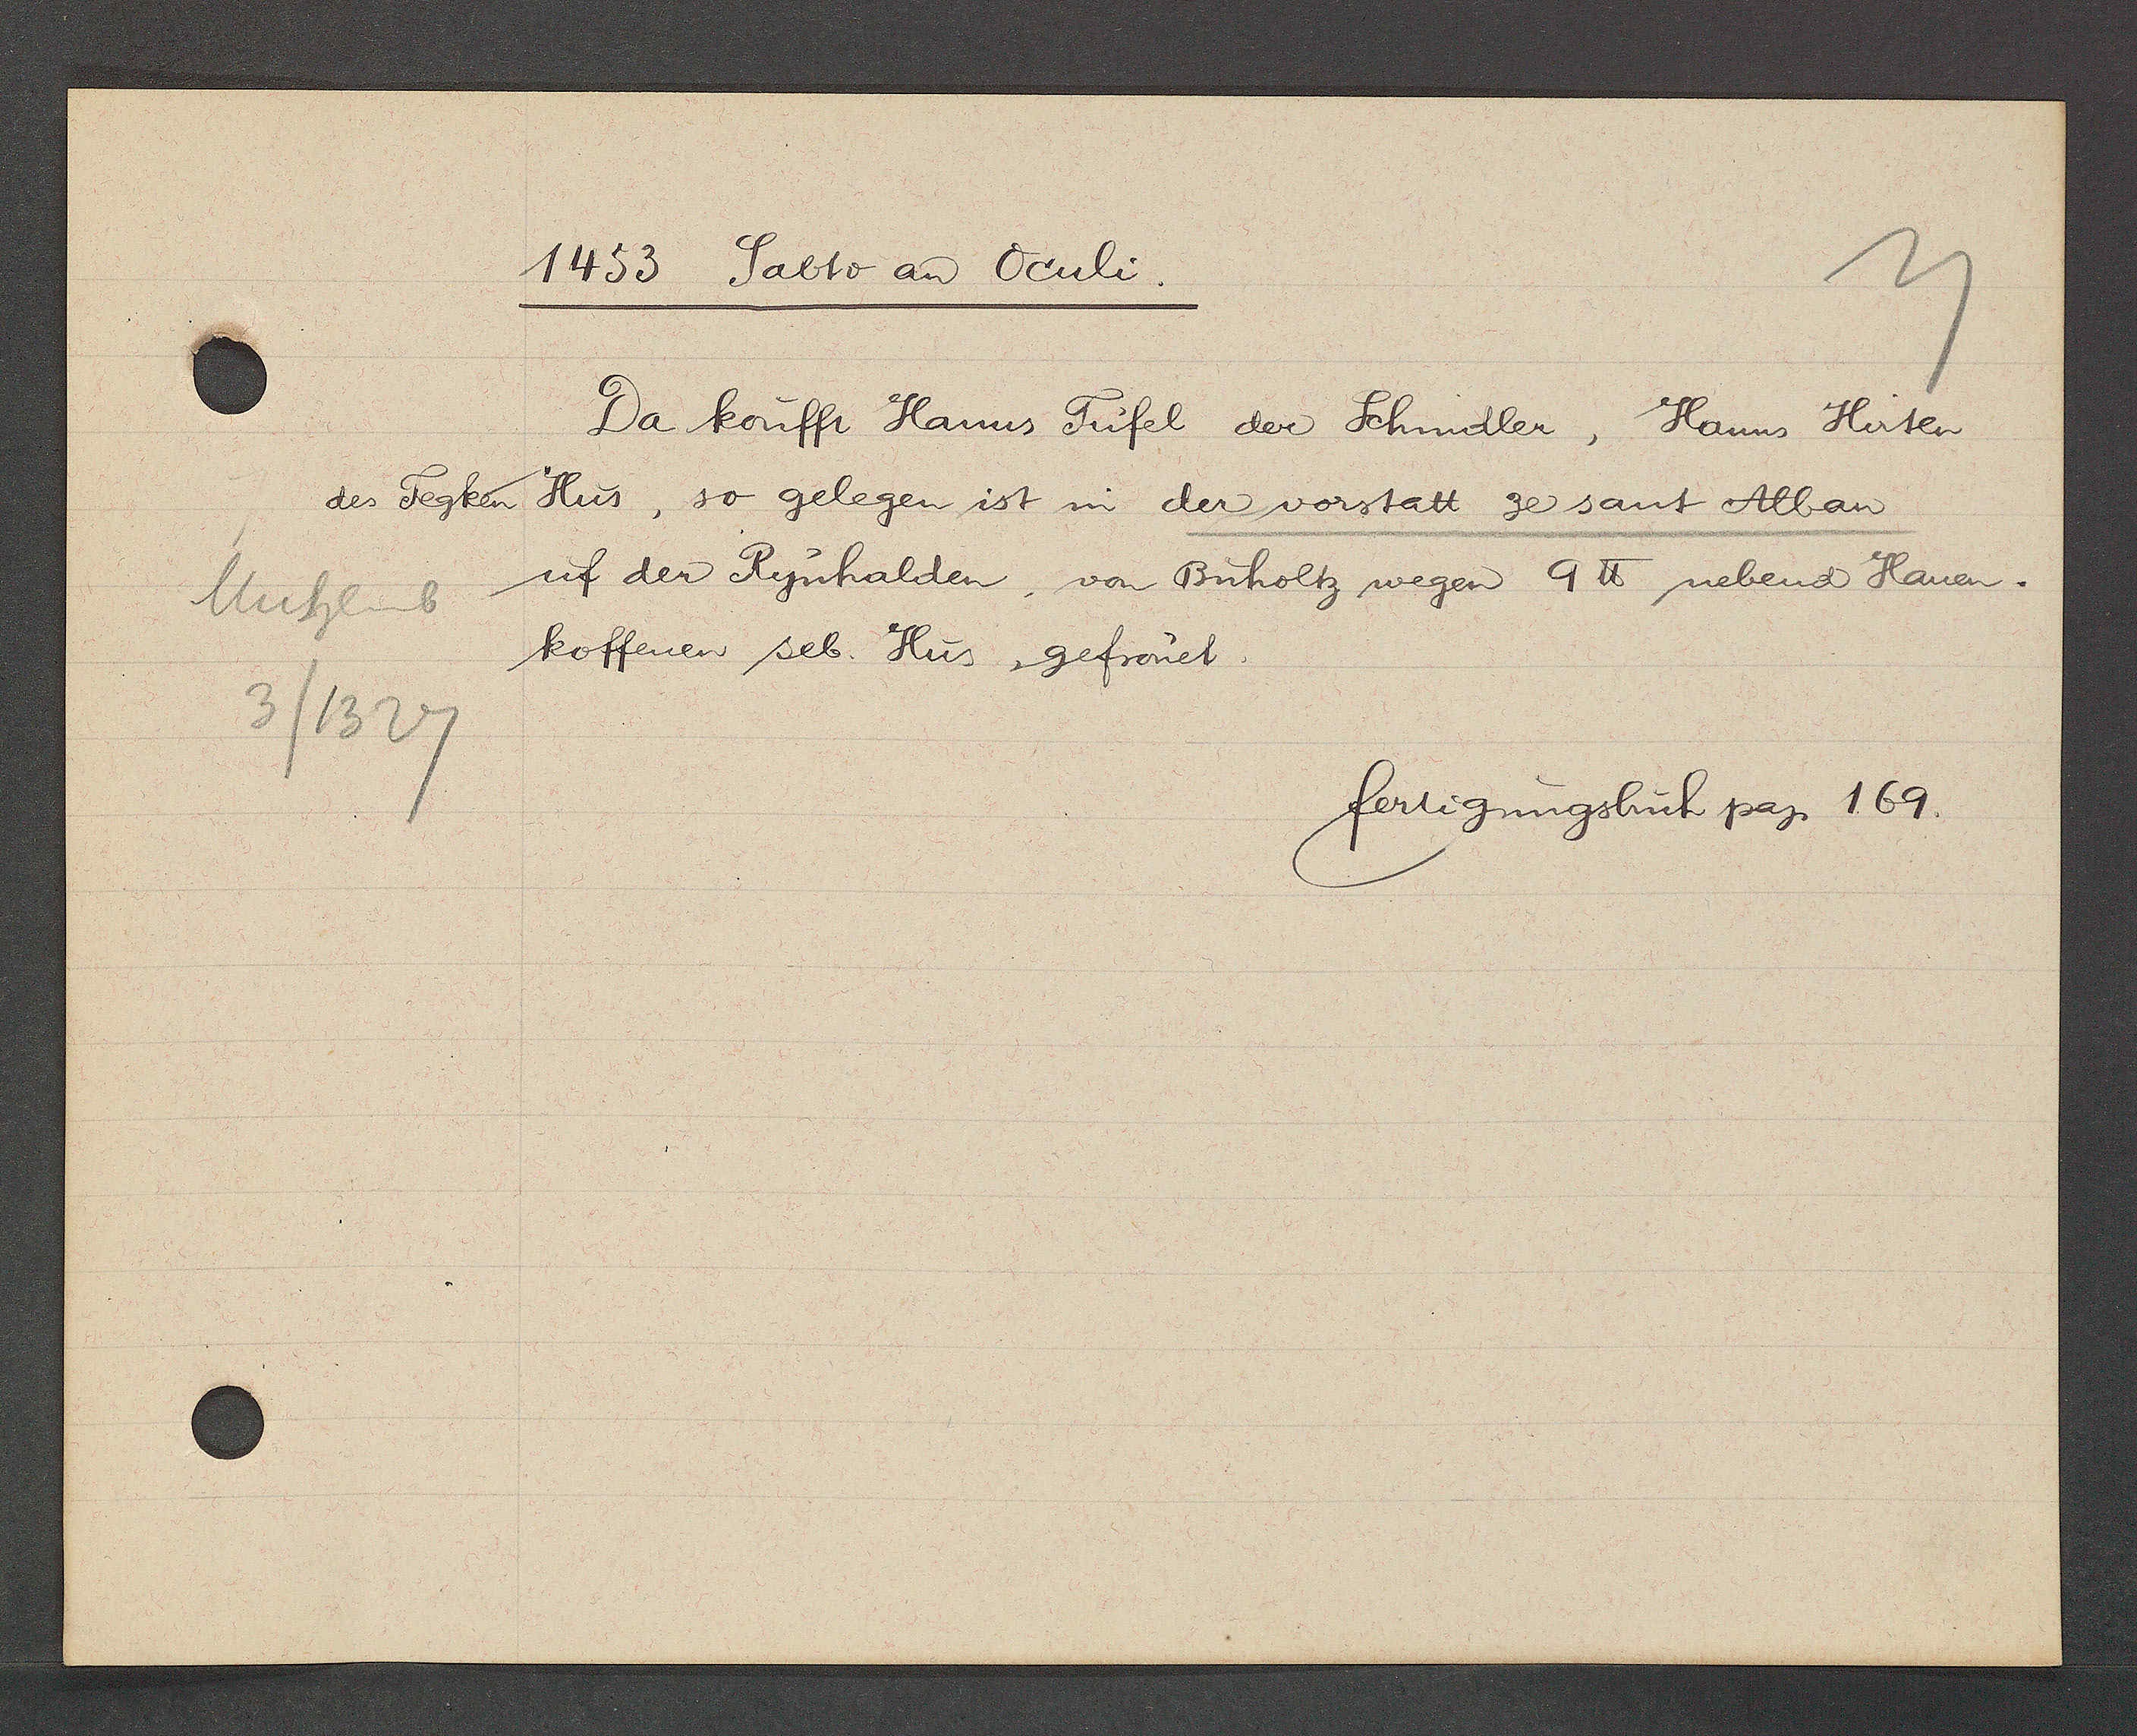
Transcript:
Muhlenb
3/1327

1453 Sabto an Oculi.

Da koufft Hanns Tufel der Schnidler, Hanns Hirten
des Tegken Hus, so gelegen ist in der vorstatt ze sant Alban
uf der Rynhalden von Büholtz wegen9 ℔ nebend Hanen-
koffenen seb. Hus, gefrönet.

fertigungsbuch pag. 169.